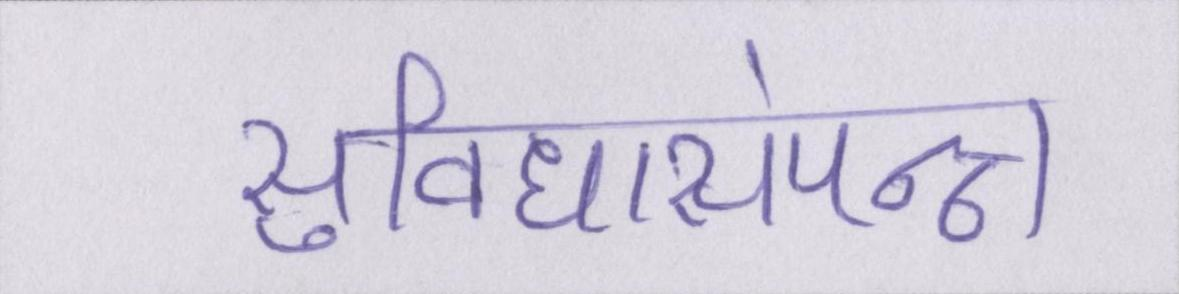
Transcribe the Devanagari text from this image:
सुविधासंपन्न